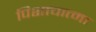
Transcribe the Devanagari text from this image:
पिशाचात्मा